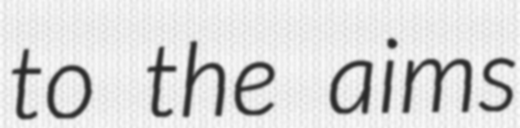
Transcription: to the aims